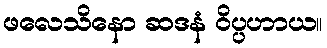
ဖလေသိနော ဆဒနံ ဝိပ္ပဟာယ။